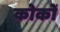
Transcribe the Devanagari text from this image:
कोकों